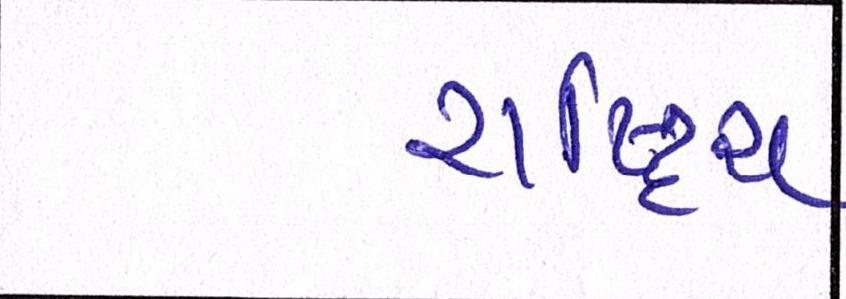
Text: રાષ્ટ્રિય